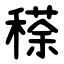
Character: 䅷